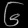
Digit: ၆